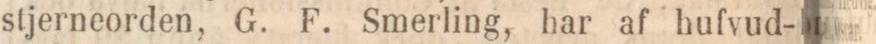
stjerneorden, G. F. Smerling, har af hufvud-